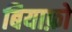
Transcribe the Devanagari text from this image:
बियाफ़ो